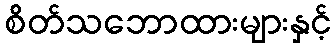
စိတ်သဘောထားများနှင့်